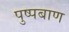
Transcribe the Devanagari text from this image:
पुष्पबाण